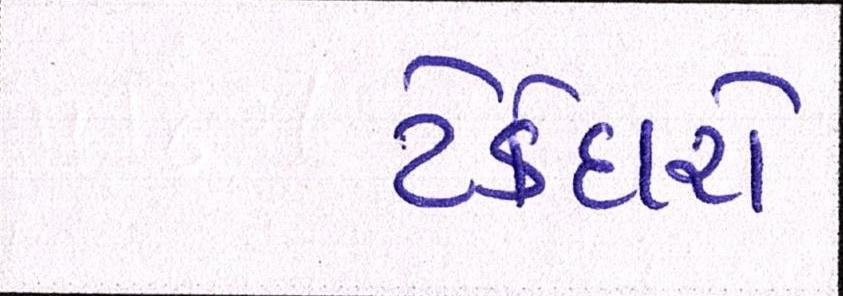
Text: ટેકેદારો